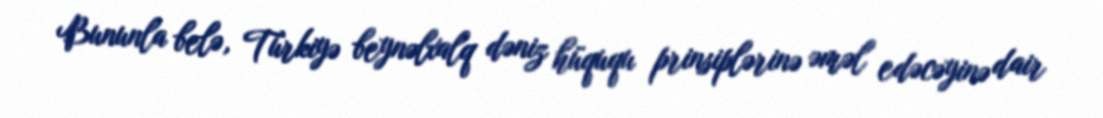
Bununla belə, Türkiyə beynəlxalq dəniz hüququ prinsiplərinə əməl edəcəyinə dair